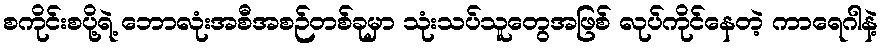
စကိုင်းစပို့ရဲ့ ဘောလုံးအစီအစဉ်တစ်ခုမှာ သုံးသပ်သူတွေအဖြစ် လုပ်ကိုင်နေတဲ့ ကာရေဂါနဲ့